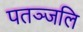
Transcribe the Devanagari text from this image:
पतञ्‍जलि